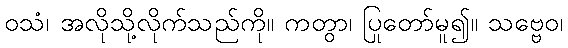
ဝသံ၊ အလိုသို့လိုက်သည်ကို။ ကတွာ၊ ပြုတော်မူ၍။ သဗ္ဗေဝ၊